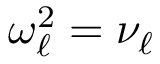
\omega _ { \ell } ^ { 2 } = \nu _ { \ell }